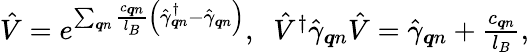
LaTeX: \begin{array}{r}{\hat{V}=e^{\sum_{\boldsymbol{q}n}\frac{c_{\boldsymbol{q}n}}{l_{B}}\left(\hat{\gamma}_{\boldsymbol{q}n}^{\dagger}-\hat{\gamma}_{\boldsymbol{q}n}\right)},\; \; \hat{V}^{\dagger}\hat{\gamma}_{\boldsymbol{q}n}\hat{V}=\hat{\gamma}_{\boldsymbol{q}n}+\frac{c_{\boldsymbol{q}n}}{l_{B}},}\end{array}